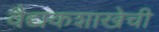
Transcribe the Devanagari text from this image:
वैद्यकशाखेची